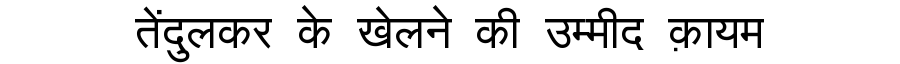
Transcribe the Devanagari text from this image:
तेंदुलकर के खेलने की उम्मीद क़ायम